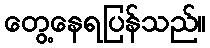
တွေ့နေရပြန်သည်။